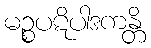
မဉ္စပဋိပါဒကန္တိ